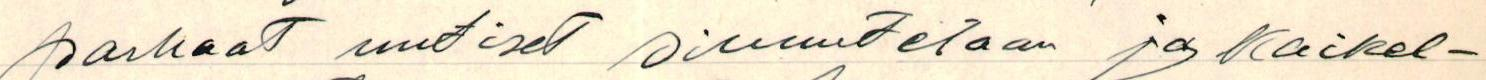
parhaat uutiset sivuutetaan ja kaikel-